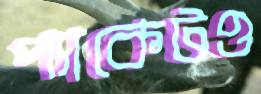
প্যাকেটও